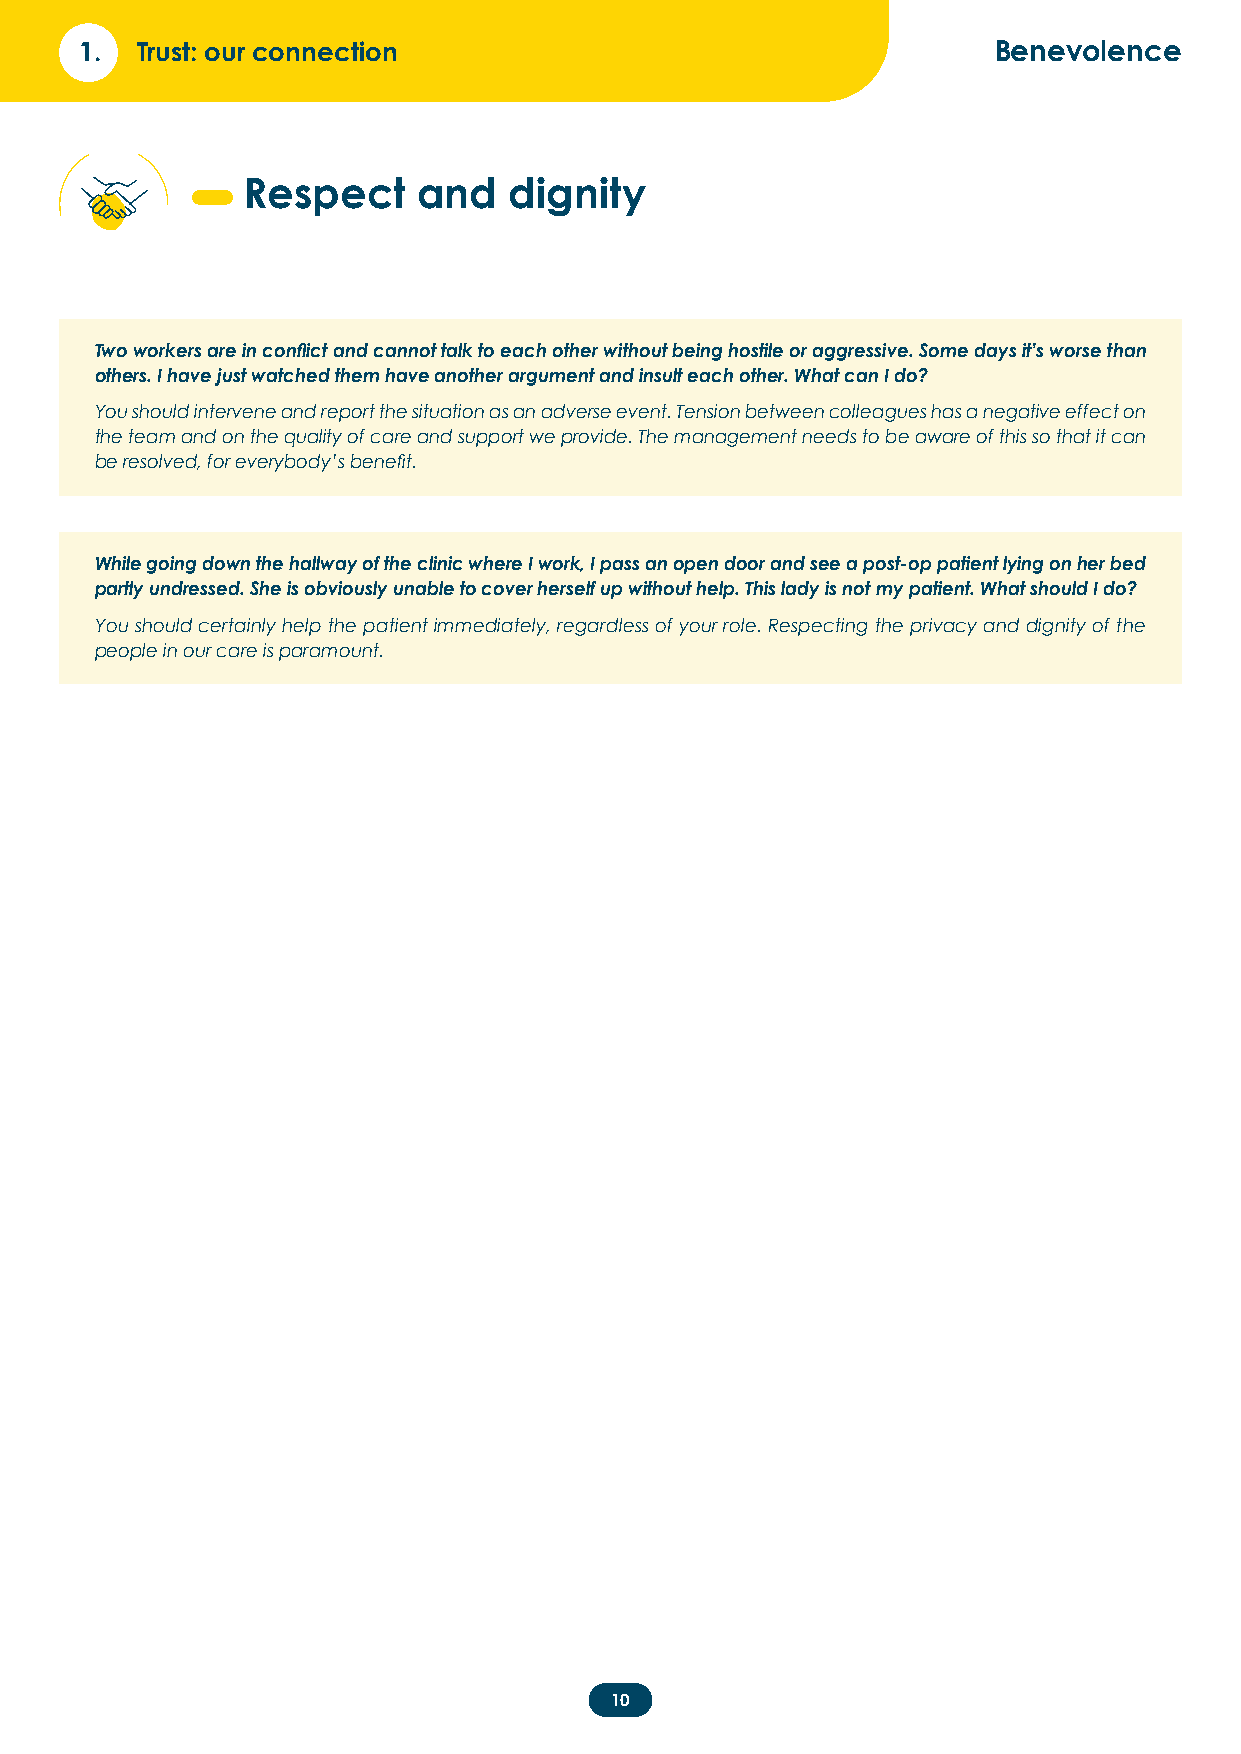
1.  Trust: our connection                                    Benevolence
 Respect     and   dignity
 Two workers are in conflict and cannot talk to each other without being hostile or aggressive. Some days it’s worse than
 others. I have just watched them have another argument and insult each other. What can I do?
 You should intervene and report the situation as an adverse event. Tension between colleagues has a negative effect on
 the team and on the quality of care and support we provide. The management needs to be aware of this so that it can
 be resolved, for everybody’s benefit.
 While going down the hallway of the clinic where I work, I pass an open door and see a post-op patient lying on her bed
 partly undressed. She is obviously unable to cover herself up without help. This lady is not my patient. What should I do?
 You should certainly help the patient immediately, regardless of your role. Respecting the privacy and dignity of the
 people in our care is paramount.
 10